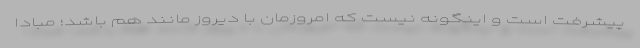
پیشرفت است و اینگونه نیست که امروزمان با دیروز مانند هم باشد؛ مبادا